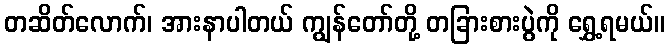
တဆိတ်လောက်၊ အားနာပါတယ် ကျွန်တော်တို့ တခြားစားပွဲကို ရွှေ့ရမယ်။